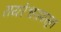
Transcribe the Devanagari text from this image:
रायरेश्वरापासून